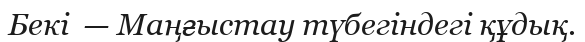
Бекі  — Маңғыстау түбегіндегі құдық.